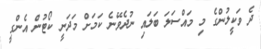
ދެ ވަކީލުންގެ މި މައްސަލަ ބަލައި ނުދެވޭނެ ކަމަށް މަދަނީ ކޯޓުން އެންގީ